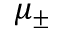
\mu _ { \pm }